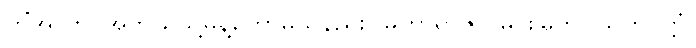
ကိံအာဟ၊ အဘယ်သို့မိန့်တော်မူသနည်း။ မဟာရာဇာ၊ မင်းမြတ်။ သတပတ္တံ၊